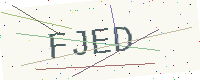
Text: FJED